Lunatic asylums Central Provinces reports 1874-1885 - 1874-1885
Year: 1874
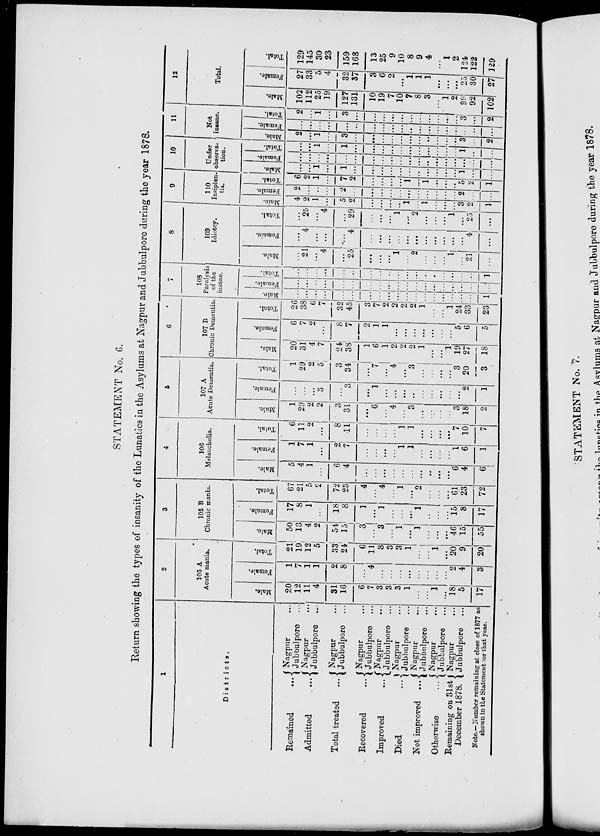
STATEMENT No. 6.
Return showing the types of insanity of the Lunatics in the Asylums at Nagpur and Jubbulpore during the year 1878.
1
Districts.
Remained
...
Admitted
...
Total treated...
Recovered
...
Improved ...
Died ...
Not improved ...
Otherwise ...
Remaining on 31st
December 1878.
Nagpur ...
Jubbulpore ...
Nagpur ...
Jubbulpore ...
Nagpur ...
Jubbulpore ...
Nagpur ...
Jubbulpore ...
Nagpur ...
Jubbulpore ...
Nagpur ...
Jubbulpore ...
Nagpur ...
Jubbulpore ...
Nagpur ...
Jubbulpore ...
Nagpur ...
Jubbulpore ...
Note.—Number remaining at close of 1877 as
shown in the Statement for that year.
2
105 A
Acute mania.
Male.
20
12
11
4
31
16
6
7
3
3
3
1
...
...
1
...
18
5
17
Female.
1
7
1
1
2
8
...
4
...
...
...
...
...
...
...
...
2
4
3
Total.
21
19
12
5
33
24
6
11
3
3
3
1
...
...
1
...
20
9
20
3
105 B
Chronic mania.
Male.
50
13
4
2
54
15
3
...
3
...
1
...
1
...
...
...
46
15
55
Female.
17
8
1
...
18
8
1
...
1
...
...
...
1
...
...
...
15
8
17
Total.
67
21
5
2
72
23
4
...
4
...
1
...
2
...
...
...
61
23
72
4
106
Melancholia.
Male.
5
4
1
...
6
4
...
...
...
...
...
...
...
...
...
...
6
4
6
Female.
1
7
1
...
2
7
...
...
...
...
1
1
...
...
...
...
1
6
1
Total.
6
11
2
...
8
11
...
...
...
...
1
1
...
...
...
...
7
10
7
5
107 A
Acute Dementia.
Male.
1
29
2
2
3
31
...
6
...
4
...
3
...
...
...
...
3
18
2
Female.
...
...
...
3
...
3
...
1
...
...
...
...
...
...
...
...
...
2
1
Total.
1
29
2
5
3
34
...
7
...
4
...
3
...
...
...
...
3
20
3
6
107 B
Chronic Dementia.
Male.
20
31
4
7
24
38
1
6
1
2
2
2
1
...
...
1
19
27
18
Female.
6
7
2
...
8
7
2
1
1
...
...
...
...
...
...
...
5
6
5
Total.
26
38
6
7
32
45
3
7
2
2
2
2
1
...
...
1
24
33
23
7
108
Paralysis
of the
insane.
Male.
...
...
...
...
...
...
...
...
...
...
...
...
...
...
...
...
...
...
1
Female.
...
...
...
...
...
...
...
...
...
...
...
...
...
...
...
...
...
...
...
Total.
...
...
...
...
...
...
...
...
...
...
...
...
...
...
...
...
...
...
1
8
109
Idiotcy.
Male.
...
21
...
4
...
25
...
...
...
1
... 2
...
...
...
l
...
21
...
Female.
...
4
...
...
...
4
...
...
...
...
...
...
...
...
...
...
...
4
...
Total.
...
25
...
4
...
29
...
...
...
1
...
2
...
...
...
1
...
25
...
9
110
Insipien¬
tia.
Male.
4
2
1
...
5
2
...
...
...
...
1
...
1
...
...
...
3
2
1
Female.
2
...
...
...
2
...
...
...
...
...
...
...
...
...
...
...
2
...
...
Total.
6
2
1
...
7
2
...
...
...
...
1
...
1
...
...
...
5
2
1
10
Under
observa-
tion.
Male.
...
...
1
...
1
...
...
...
...
...
...
...
...
...
...
...
1
...
...
Female.
...
...
...
...
...
...
...
...
...
...
...
...
...
...
....
...
...
...
...
Total.
...
...
1
...
1
...
...
...
...
...
...
...
...
...
...
...
1
...
...
11
Not
insane.
Male.
2
...
1
...
3
...
...
...
...
...
...
...
...
...
...
...
3
...
2
Female.
...
...
...
...
...
...
...
...
...
...
...
...
...
...
...
...
...
...
...
Total.
2
...
1
...
3
...
...
...
...
...
...
...
...
...
...
...
3
...
2
12
Total.
Male.
102
112
25
19
127
131
10
19
7
10
7
8
3
...
1
2
99
92
102
Female.
27
33
5
4
32
37
3
6
2
...
1
1
1
...
...
...
25
30
27
Total.
129
145
30
23
159
168
13
25
9
10
8
9
4
...
1
2
124
122
129